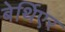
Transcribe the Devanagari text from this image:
बेर्थिएर